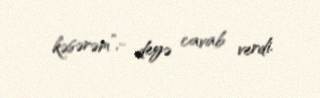
kəsərəm”,- deyə cavab verdi.